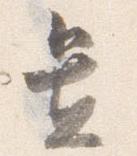
置